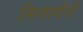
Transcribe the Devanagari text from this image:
मिनागेरी